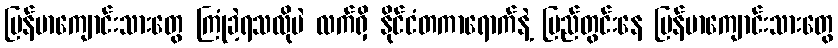
မြန်မာကျောင်းသားတွေ ကြုံခဲ့ရသလိုပဲ လက်ရှိ နိုင်ငံတကာရောက်နဲ့ ပြည်တွင်းနေ မြန်မာကျောင်းသားတွေ